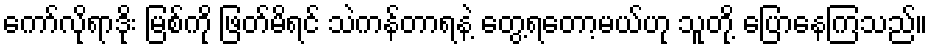
ကော်လိုရာဒိုး မြစ်ကို ဖြတ်မိရင် သဲကန်တာရနဲ့ တွေ့ရတော့မယ်ဟု သူတို့ ပြောနေကြသည်။